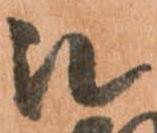
被